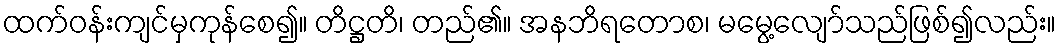
ထက်ဝန်းကျင်မှကုန်စေ၍။ တိဋ္ဌတိ၊ တည်၏။ အနဘိရတောစ၊ မမွေ့လျော်သည်ဖြစ်၍လည်း။